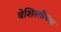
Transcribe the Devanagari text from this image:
बेशिस्तीच्या